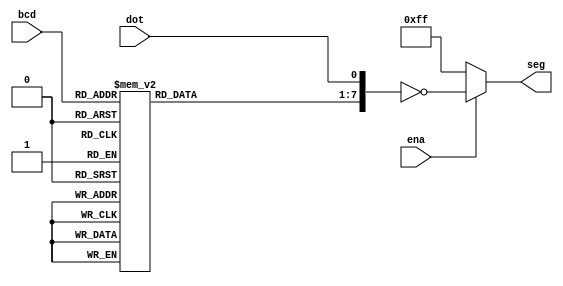
//***************************************************************
// Description: 
// Email: 
// Created Time: Fri 03 Mar 2023 09:01:57 PM CST
// Revision history:
//***************************************************************

module bcd2seg(
    input        ena,
    input  [3:0] bcd,
    input        dot,
    output [7:0] seg
);

    reg    [6:0] seg_r;

    always @* begin
        case(bcd)
            // Note: 0 1 2 3 4 5 6 DP
            // https://nju-projectn.github.io/dlco-lecture-note/exp/02.html
            4'b0000: seg_r = 7'b1111110; // 0
            4'b0001: seg_r = 7'b0110000; // 1
            4'b0010: seg_r = 7'b1101101; // 2
            4'b0011: seg_r = 7'b1111001; // 3
            4'b0100: seg_r = 7'b0110011; // 4
            4'b0101: seg_r = 7'b1011011; // 5
            4'b0110: seg_r = 7'b1011111; // 6
            4'b0111: seg_r = 7'b1110000; // 7
            4'b1000: seg_r = 7'b1111111; // 8
            4'b1001: seg_r = 7'b1111011; // 9
            4'b1010: seg_r = 7'b1110111; // A
            4'b1011: seg_r = 7'b0011111; // b
            4'b1100: seg_r = 7'b1001110; // C
            4'b1101: seg_r = 7'b0111101; // d
            4'b1110: seg_r = 7'b1001111; // E
            4'b1111: seg_r = 7'b1000111; // F
            // default: seg_r = 7'b0000000; // ALL OFF
        endcase
    end

    assign seg = ena ? ~{seg_r,dot} : 8'b1111_1111;

endmodule